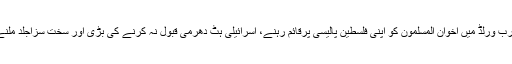
یعنی کہ عرب ورلڈ میں اخوان المسلمون کو اپنی فلسطین پالیسی پرقائم رہنے، اسرائیلی ہٹ دھرمی قبول نہ کرنے کی بڑی اور سخت سزاجلد ملنے والی ہے۔